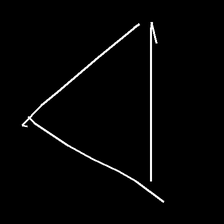
Glyph: convergence